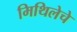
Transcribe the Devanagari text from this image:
मिथिलेचे